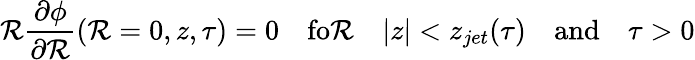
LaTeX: \mathcal{R}\frac{{\partial\phi}}{{\partial\mathcal{R}}}(\mathcal{R}=0,z,\tau)=0\quad\mathrm{{fo\mathcal{R}}}\quad|z|<z_{jet}(\tau)\quad\mathrm{{and}}\quad\tau>0